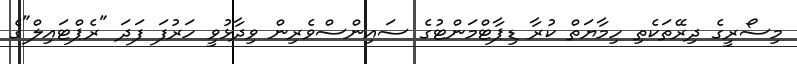
މިސޯރީގެ ދިރޭތަކެތި ހިމާޔަތް ކުރާ ޑިޕާޓްމަންޓުގެ ސައިންސްވެރިން ވިދާޅުވީ ހަރުފަ ފަދަ "ރެޕްޓައިލް"ގެ